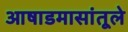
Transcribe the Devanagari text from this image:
आषाडमासांतूले